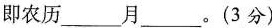
即农历___月___。(3分